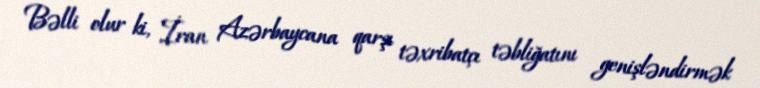
Bəlli olur ki, İran Azərbaycana qarşı təxribatçı təbliğatını genişləndirmək